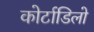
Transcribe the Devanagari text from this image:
कोर्टाडिलो